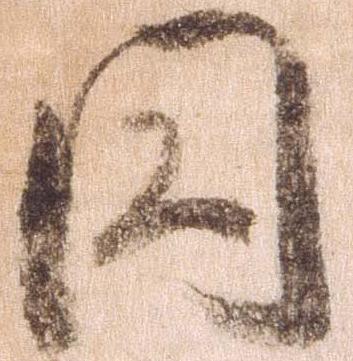
円